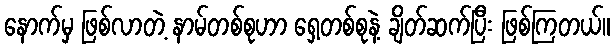
နောက်မှ ဖြစ်လာတဲ့ နာမ်တစ်စုဟာ ရှေ့တစ်စုနဲ့ ချိတ်ဆက်ပြီး ဖြစ်ကြတယ်။